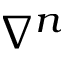
\nabla ^ { n }